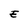
Character: E